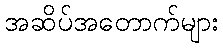
အဆိပ်အတောက်များ